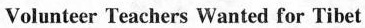
Volunteer Teachers Wanted for Tibet